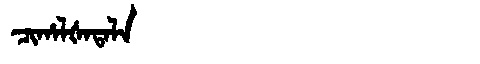
Manchu: ᠴᡳᡥᠠᠯᡧᠠᡨᠠᠯᠠ
Romanization: CIHALŠATALA